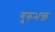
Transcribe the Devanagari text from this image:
गुरूभक्त